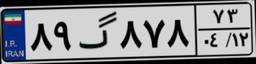
۸۹گ۸۷۸۷۳